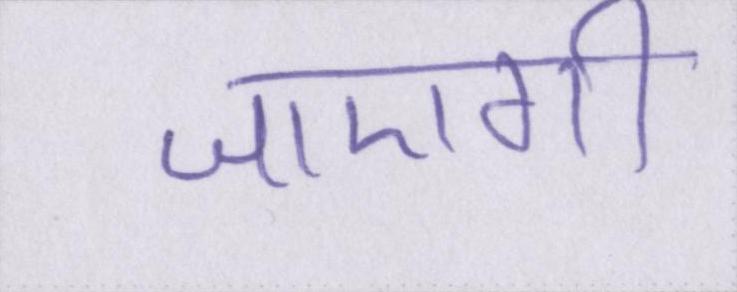
जाएगी